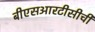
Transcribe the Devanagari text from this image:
बीएसआरटीसीची